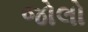
જોલો